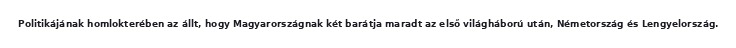
Politikájának homlokterében az állt, hogy Magyarországnak két barátja maradt az első világháború után, Németország és Lengyelország.